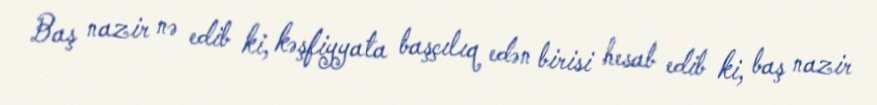
Baş nazir nə edib ki, kəşfiyyata başçılıq edən birisi hesab edib ki, baş nazir